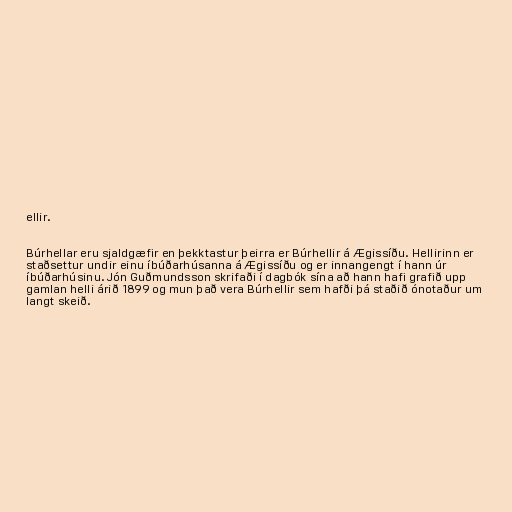
ellir.

Búrhellar eru sjaldgæfir en þekktastur þeirra er Búrhellir á Ægissíðu. Hellirinn er
staðsettur undir einu íbúðarhúsanna á Ægissíðu og er innangengt í hann úr
íbúðarhúsinu. Jón Guðmundsson skrifaði í dagbók sína að hann hafi grafið upp
gamlan helli árið 1899 og mun það vera Búrhellir sem hafði þá staðið ónotaður um
langt skeið.